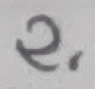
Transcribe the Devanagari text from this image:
२,